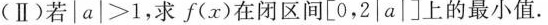
(Ⅱ)若|a|>1，求f(x)在闭区间[0，2|a|]上的最小值。